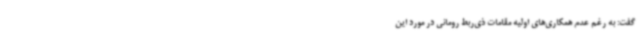
گفت: به رغم عدم همکاری‌های اولیه مقامات ذی‌ربط رومانی در مورد این